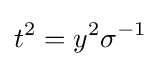
t^{2}=y^{2}\sigma ^{-1}